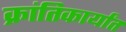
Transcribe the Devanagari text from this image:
क्रांतिकार्यांत